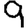
Digit: 9